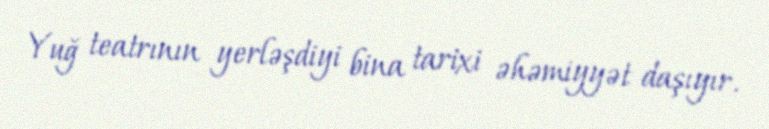
Yuğ teatrının yerləşdiyi bina tarixi əhəmiyyət daşıyır.